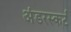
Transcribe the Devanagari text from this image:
अंडरस्कर्ट